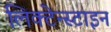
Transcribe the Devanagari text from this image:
लिक्टेन्स्टाइन